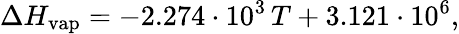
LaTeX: \Delta H_{\mathrm{vap}}=-2.274\cdot 10^{3}\, T+3.121\cdot 10^{6},